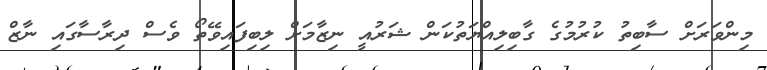
މިންވަރަށް ސާބިތު ކުރުމުގެ ގާބިލިއްޔަތުކަން ޝަރުއީީ ނިޒާމަށް ލިބިފައިވޭތޯ ވެސް ދިރާސާގައި ނާޒް